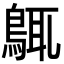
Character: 䳖